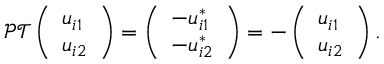
\mathcal { P T } \left( \begin{array} { l } { u _ { i 1 } } \\ { u _ { i 2 } } \end{array} \right) = \left( \begin{array} { l } { - u _ { i 1 } ^ { * } } \\ { - u _ { i 2 } ^ { * } } \end{array} \right) = - \left( \begin{array} { l } { u _ { i 1 } } \\ { u _ { i 2 } } \end{array} \right) .